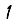
Digit: 1